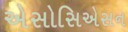
એસોસિએસન